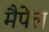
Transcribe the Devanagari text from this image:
मैपेल